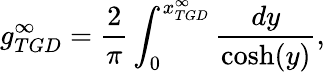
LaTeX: g_{TGD}^{\infty}=\frac{2}{\pi}\int_{0}^{x_{TGD}^{\infty}}\frac{dy}{\cosh(y)},